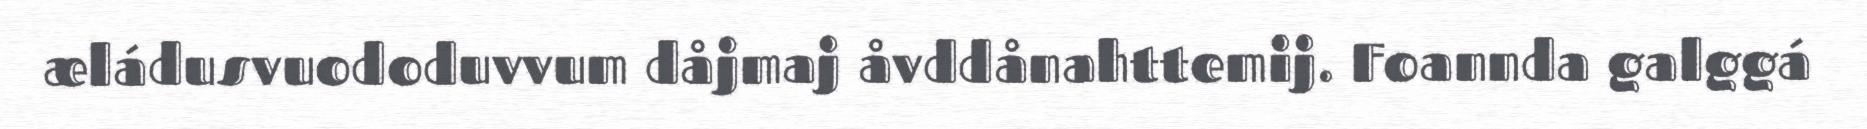
æládusvuododuvvum dåjmaj åvddånahttemij. Foannda galggá